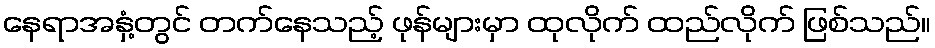
နေရာအနှံ့တွင် တက်နေသည့် ဖုန်များမှာ ထုလိုက် ထည်လိုက် ဖြစ်သည်။